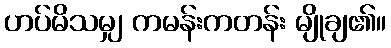
ဟပ်မိသမျှ ကမန်းကတန်း မျိုချ၏။